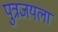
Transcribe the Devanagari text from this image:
पुत्रजयला